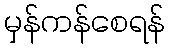
မှန်ကန်စေရန်